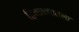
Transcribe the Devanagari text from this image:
हिवाळ्यातला